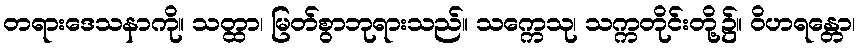
တရားဒေသနာကို။ သတ္ထာ၊ မြတ်စွာဘုရားသည်။ သက္ကေသု၊ သက္ကတိုင်းတို့၌။ ဝိဟရန္တော၊